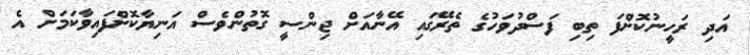
އަދި ރަހީނުކޮށްފަ ތިބި ފަސްދުވަހުގެ ތެރޭގައި އޭނާއަށް ޖިންސީ ގޮތުންވެސް އަނިޔާކޮށްފައިވާކަމަށް އެ